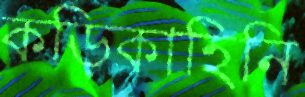
কড়িকাহিনি